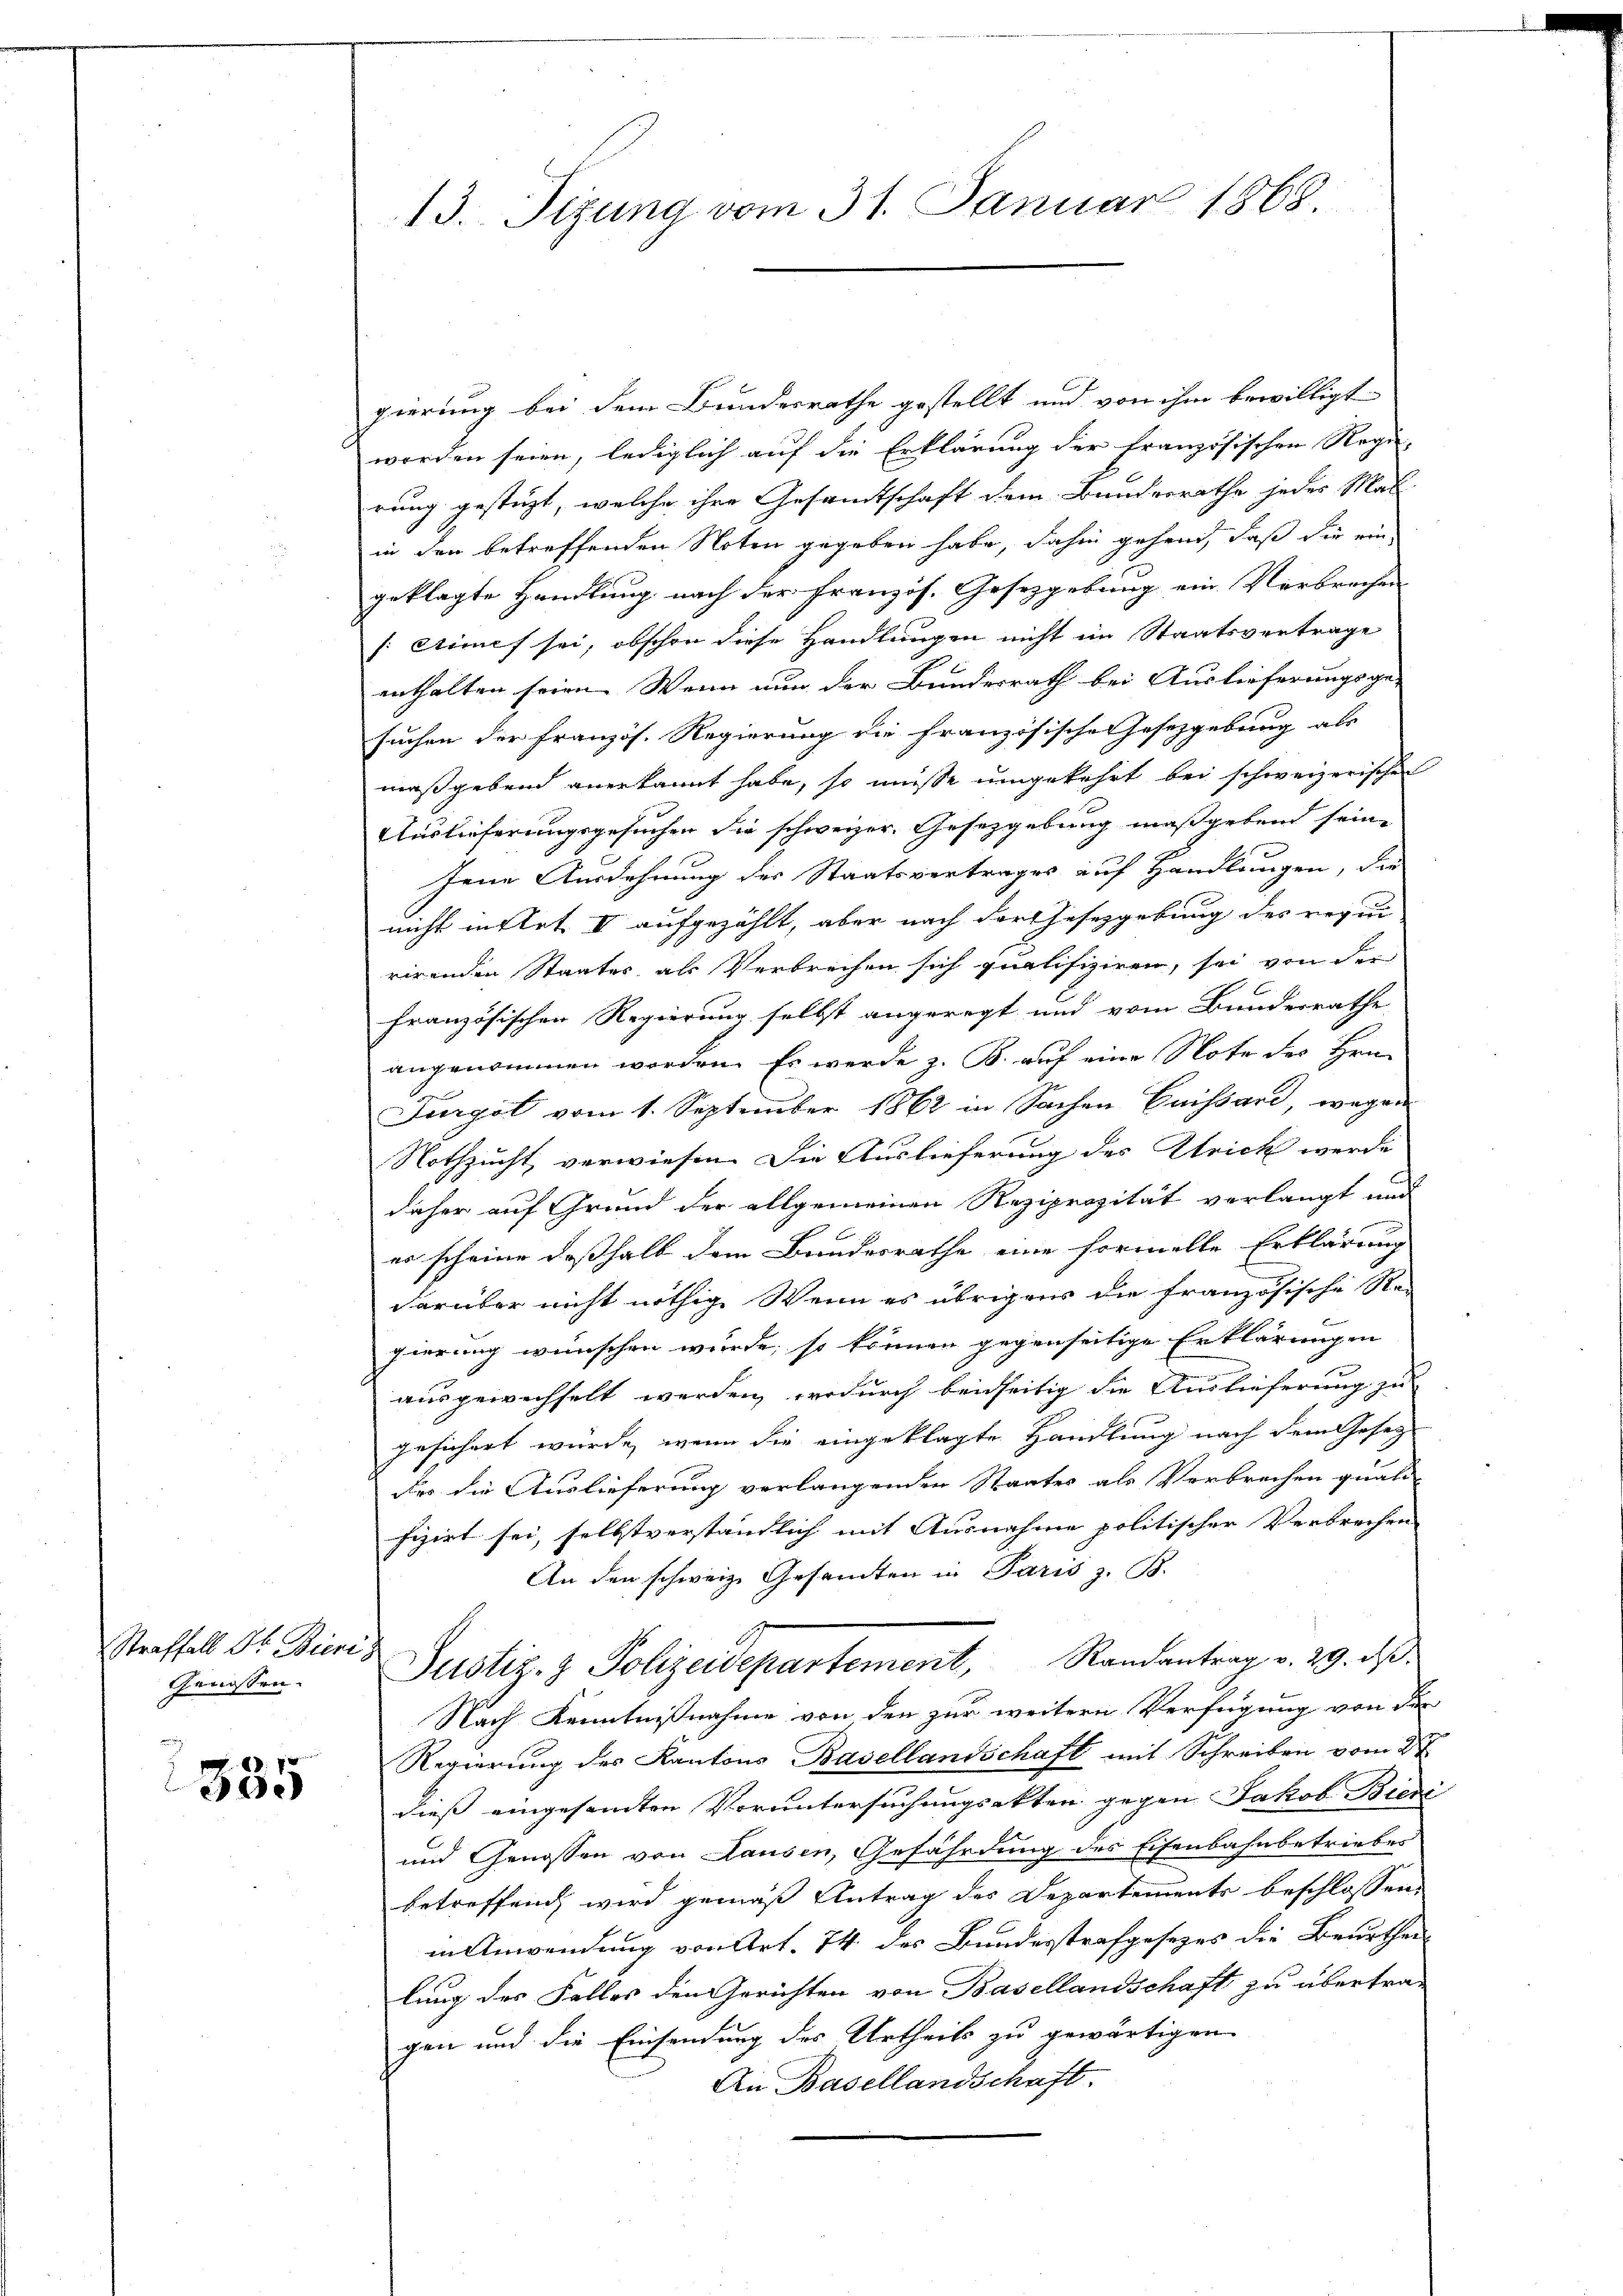
Straffall Dr. Bieris
Genossen.

335

gierung bei dem Bundesrathe gestellt und von ihm bewilligt
worden seien, lediglich auf die Erklärung der französischen Regie-
rung gestüzt, welche ihre Gesamtschaft dem Bunderrathe jedes Mal
in den betreffenden Noten gegeben habe, dahin gehend, daß die ein
geklagte Handlung nach der Französ. Gesetzgebung ein Verbrechen
s: Stimes sei, obschon diese Handlungen nicht im Staatsvertrage
enthalten seien. Wenn nun der Bundesrath bei Auslieferungsge-
suchen der französ. Regierung die französische Gesetzgebung als
maßgebend anerkannt habe, so müsse umgekehrt bei schweizerischen
Auslieferungsgesuchen die schweizer. Gesetzgebung maßgebend seine
Jene Ausdehnung des Staatsvertrages auf Handlungen, der
nicht mittet V aufgezählt, aber nach der Gesetzgebung des requi
rirenden Staates als Verbrechen sich qualifiziren, sei von der
französischen Regierung selbst angeregt und vom Bundesrathe
angenommen worden. Es werde z. B. auf eine Note des Hrn.
Jurgot vom 1. September 1862 in Sachen Guissard, wegen
Nothzucht, verwiesen. Die Auslieferung des Strick werde
daher auf Grund der allgemeinen Reziprozität verlangt und
er scheine deßhalb dem Bundesrathe eine formelle Erklärung
darüber nicht nöthige Wenn es übrigens die französische Re-
gierung wünschen würde; so können gegenseitige Erklärungen
ausgewechselt werden, wodurch beidseitig die Auslieferung zu
gesichert würde, wenn die eingeklagte Handlung nach dem Gesez
der die Auslieferung verlangenden Staates als Verbrechen quali-
fizirt sei, selbstverständlich mit Ausnahme politischer Verbrechen
An den schweiz. Gesamten in Paris z. B.
Justiz- & Polizeidepartement, Randantrag v. 29. ds.
Nach Kenntnißnahme von den zur weitern Verfügung von der
Regierung des Kantons Basellandschaft mit Schreiben vom 2t
dieß eingesandten Voruntersuchungsakten gegen Jakob Biere
und Genossen von Lausen, Gefährdung des Eisenbahnbetriebes
betreffend, wird gemäß Antrag des Departements beschlossen,
in Anwendung von Art. 74 des Bundesstrafgesezes die Beurtheilung des Falles den Gerichten von Basellandschaft zu übertrag
gen und die Einsendung des Urtheils zu gewärtigen
An Basellandschaft.

13. Sizung vom 31. Januar 1868.